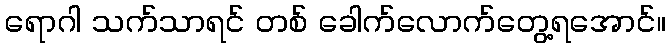
ရောဂါ သက်သာရင် တစ် ခေါက်လောက်တွေ့ရအောင်။